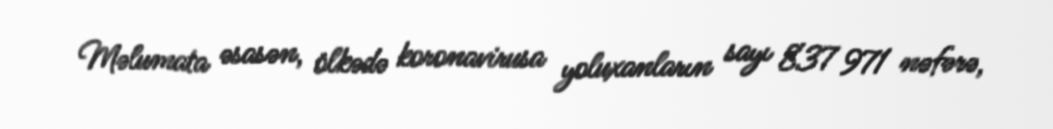
Məlumata əsasən, ölkədə koronavirusa yoluxanların sayı 837 971 nəfərə,